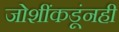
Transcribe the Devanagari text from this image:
जोशींकडूंनही